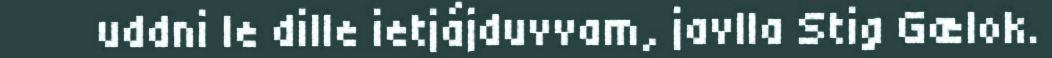
uddni le dille ietjájduvvam, javlla Stig Gælok.